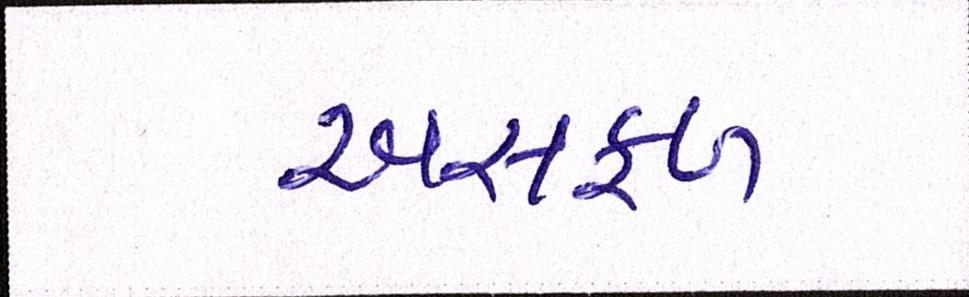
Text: અસફળ